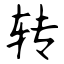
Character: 转